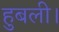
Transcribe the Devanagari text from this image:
हुबली।